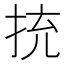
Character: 㧤